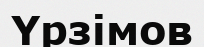
Үрзімов